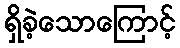
ရှိခဲ့သောကြောင့်